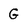
Character: G